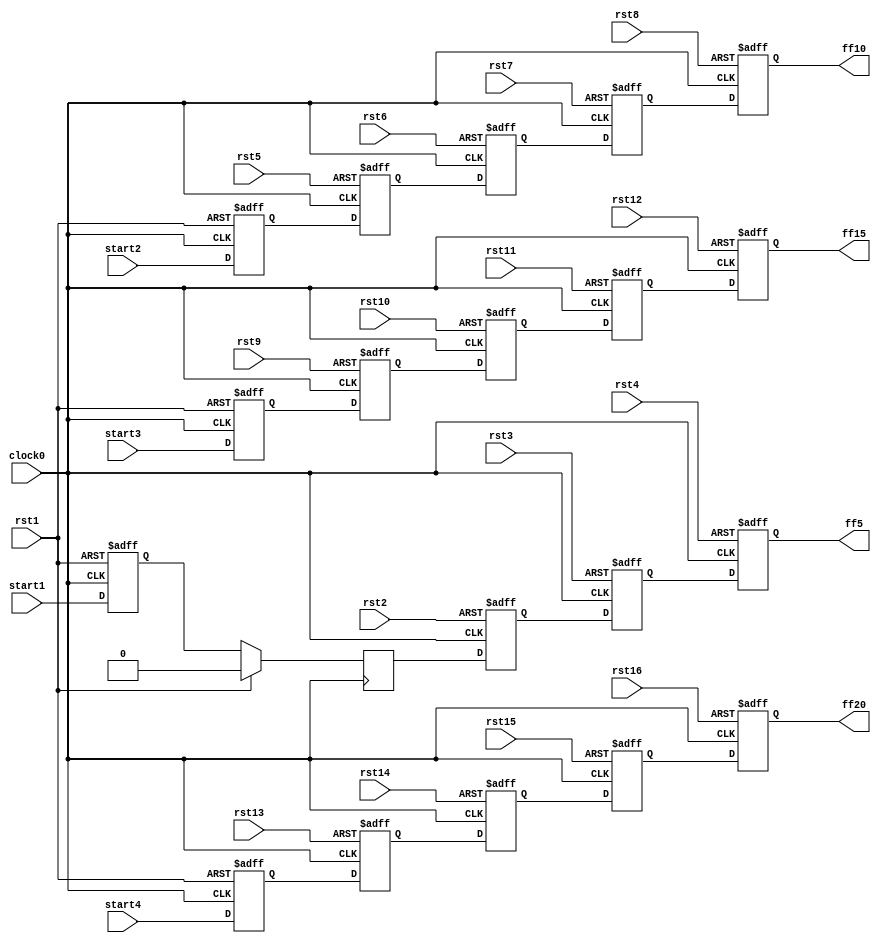
module hop4_L4(

   	input clock0, rst1,rst2,rst3,rst4,rst5,rst6,rst7,rst8,rst9,rst10,rst11,rst12,rst13,rst14,rst15,rst16,start1,start2,start3,start4,
   	output ff5,ff10,ff15,ff20

	);

   reg ff1,ff2,ff3,ff4,ff5,ff6,ff7,ff8,ff9,ff10,ff11,ff12,ff13,ff14,ff15,ff16,ff17,ff18,ff19,ff20;


  	always @( posedge clock0, posedge rst1 )
   	begin
   		if( rst1 )
       			ff1 <= 0;
		else
			ff1<= start1;
	end


	always @(posedge clock0)
	begin
    		if( rst1 )
       			ff2 <= 0;      
    		else 
			ff2<= ff1;

	end

	always @(posedge clock0, posedge rst2)
	begin
    		if( rst2)
       			ff3 <= 0;      
    		else 
			ff3<= ff2;

	end

	always @(posedge clock0, posedge rst3)
	begin
    		if( rst3)
       			ff4 <= 0;      
    		else 
			ff4<= ff3;

	end

	always @(posedge clock0, posedge rst4)
	begin
    		if( rst4)
       			ff5 <= 0;      
    		else 
			ff5<= ff4;

	end

	always @(posedge clock0, posedge rst1)
	begin
    		if( rst1)
       			ff6 <= 0;      
    		else 
			ff6<= start2;

	end

	always @(posedge clock0, posedge rst5)
	begin
    		if( rst5)
       			ff7 <= 0;      
    		else 
			ff7<= ff6;

	end

	always @(posedge clock0, posedge rst6)
	begin
    		if( rst6 )
       			ff8 <= 0;      
    		else 
			ff8<= ff7;

	end

	always @(posedge clock0, posedge rst7)
	begin
    		if( rst7)
       			ff9 <= 0;      
    		else 
			ff9<= ff8;

	end

	always @(posedge clock0, posedge rst8)
	begin
    		if( rst8)
       			ff10 <= 0;      
    		else 
			ff10<= ff9;

	end

	always @(posedge clock0, posedge rst1)
	begin
    		if( rst1)
       			ff11 <= 0;      
    		else 
			ff11<= start3;

	end

	always @(posedge clock0, posedge rst9)
	begin
    		if( rst9)
       			ff12 <= 0;      
    		else 
			ff12<= ff11;

	end


	always @(posedge clock0, posedge rst10)
	begin
    		if( rst10)
       			ff13 <= 0;      
    		else 
			ff13<= ff12;

	end	
	always @(posedge clock0, posedge rst11)
	begin
    		if( rst11)
       			ff14 <= 0;      
    		else 
			ff14<= ff13;

	end	
	always @(posedge clock0, posedge rst12)
	begin
    		if( rst12)
       			ff15 <= 0;      
    		else 
			ff15<= ff14;

	end	


	always @(posedge clock0, posedge rst1)
	begin
    		if( rst1)
       			ff16 <= 0;      
    		else 
			ff16<= start4;

	end


	always @(posedge clock0, posedge rst13)
	begin
    		if( rst13)
       			ff17 <= 0;      
    		else 
			ff17<= ff16;

	end

	always @(posedge clock0, posedge rst14)
	begin
    		if( rst14)
       			ff18 <= 0;      
    		else 
			ff18<= ff17;

	end

	always @(posedge clock0, posedge rst15)
	begin
    		if( rst15)
       			ff19 <= 0;      
    		else 
			ff19<= ff18;

	end

	always @(posedge clock0, posedge rst16)
	begin
    		if( rst16)
       			ff20 <= 0;      
    		else 
			ff20<= ff19;

	end



endmodule